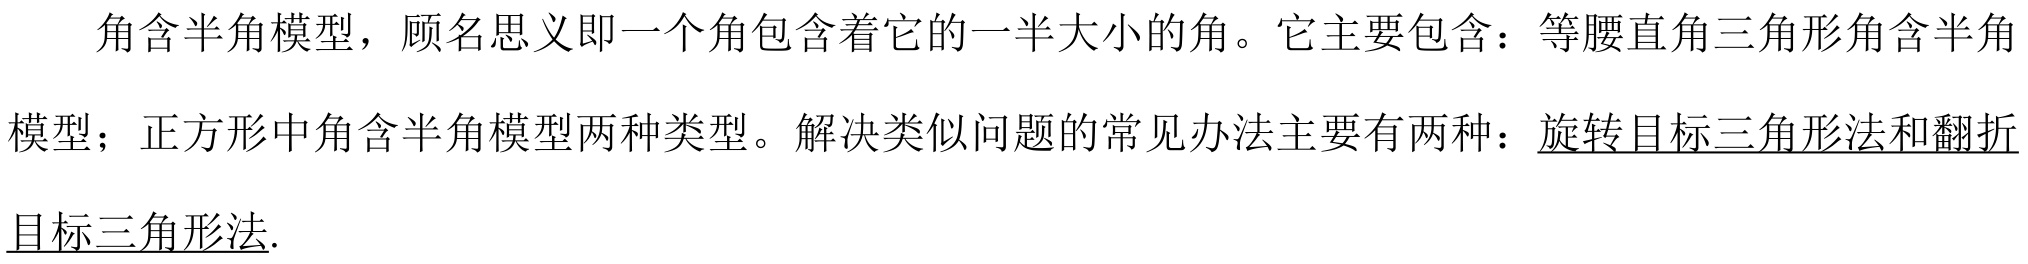
角含半角模型，顾名思义即一个角包含着它的一半大小的角。它主要包含：等腰直角三角形角含半角
模型；正方形中角含半角模型两种类型。解决类似问题的常见办法主要有两种：\underline{旋转目标三角形法和翻折}
\underline{目标三角形法}.